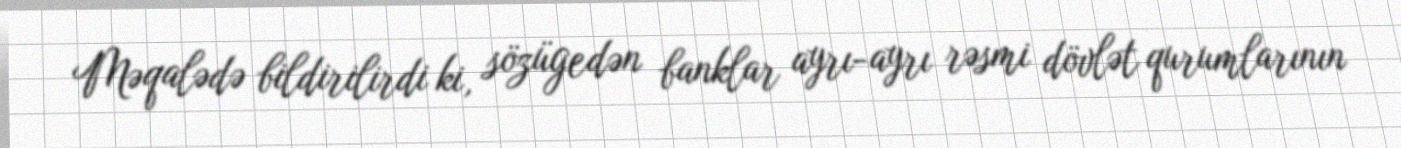
Məqalədə bildirilirdi ki, sözügedən banklar ayrı-ayrı rəsmi dövlət qurumlarının